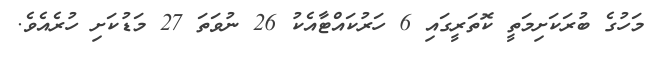
މަހުގެ ބުރަކަށިމަތީ ކޮތަރީގައި 6 ހަރުކައްޓާއެކު 26 ނުވަތަ 27 މަޑުކަށި ހުރެއެވެ.